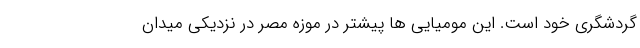
گردشگری خود است. این مومیایی ها پیشتر در موزه مصر در نزدیکی میدان